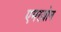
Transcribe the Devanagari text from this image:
एमरज़ोन